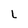
Character: L